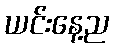
ယင်းနေ့ည